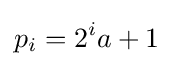
p_{i}=2^{i}a+1